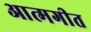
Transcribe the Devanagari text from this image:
आत्मगीत